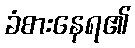
ခံစားနေရ၏